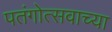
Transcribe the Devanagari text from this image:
पतंगोत्सवाच्या